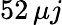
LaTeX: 52\, \mu j